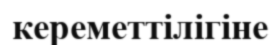
кереметтілігіне